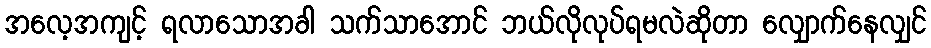
အလေ့အကျင့် ရလာသောအခါ သက်သာအောင် ဘယ်လိုလုပ်ရမလဲဆိုတာ လျှောက်နေလျှင်